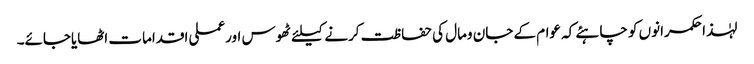
لہٰذا حکمرانوں کو چاہئے کہ عوام کے جان ومال کی حفاظت کرنے کیلئے ٹھوس اورعملی اقدامات اٹھایاجائے۔